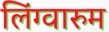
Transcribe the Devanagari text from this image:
लिंग्वारुम